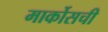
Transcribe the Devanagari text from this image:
मार्कोसची